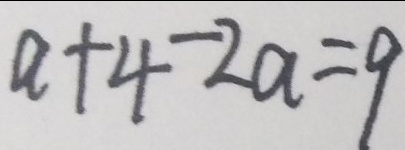
a + 4 - 2 a = 9